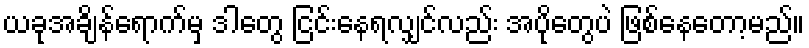
ယခုအချိန်ရောက်မှ ဒါတွေ ငြင်းနေရလျှင်လည်း အပိုတွေပဲ ဖြစ်နေတော့မည်။